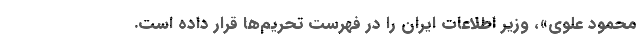
محمود علوی»، وزیر اطلاعات ایران را در فهرست تحریم‌ها قرار داده است.